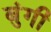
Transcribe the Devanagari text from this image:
बुंगी